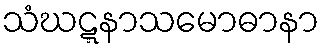
သံဃဋ္ဋနာသမောဓာနာ